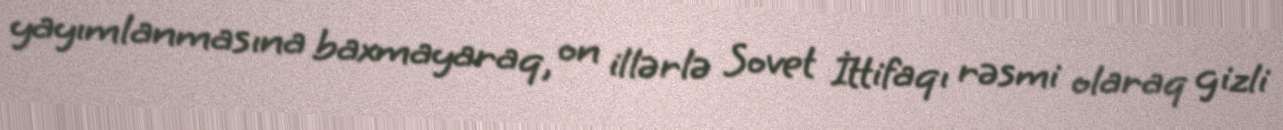
yayımlanmasına baxmayaraq, on illərlə Sovet İttifaqı rəsmi olaraq gizli